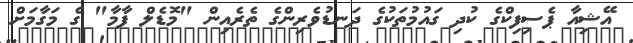
އޭޝިއާ ޕެސިފިކްގެ ކުދި ގައުމުތަކުގެ ދަނޑުވެރިންގެ ތެރެއިން "މޮޑެލް ފާމާ" ގެ މަގާމަށް